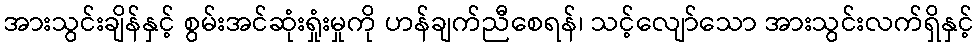
အားသွင်းချိန်နှင့် စွမ်းအင်ဆုံးရှုံးမှုကို ဟန်ချက်ညီစေရန်၊ သင့်လျော်သော အားသွင်းလက်ရှိနှင့်